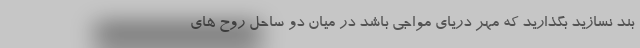
بَند نسازید بگذارید که مِهر دریای مواجی باشد در میان دو ساحل روح های